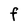
Character: F